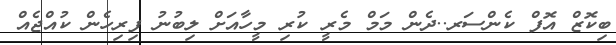
ބިކޮޒް އޮފް ކެންސަރ..ދެން މަމް މެރީ ކުރި މީހާއަށް ލިބުނު ފިރިހެން ކުއްޖެއް